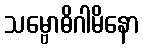
သမ္ဗောဓိဂါမိနော